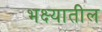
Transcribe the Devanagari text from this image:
भक्ष्यातील